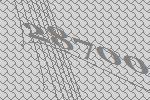
28700